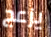
يزعج